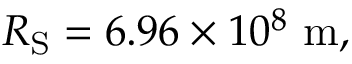
R _ { \mathrm { { S } } } = 6 . 9 6 \times 1 0 ^ { 8 } \ \mathrm { m } ,